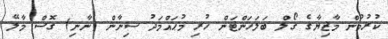
ކުރުމުން މާޒިޔާގެ ގޯލް ބަލަހަންޓަން ހުރި މުޙައްމަދު ސިނާން (ނާނި) ގޮސް މާލޭ